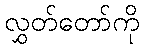
လွှတ်တော်ကို